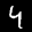
Label: 4